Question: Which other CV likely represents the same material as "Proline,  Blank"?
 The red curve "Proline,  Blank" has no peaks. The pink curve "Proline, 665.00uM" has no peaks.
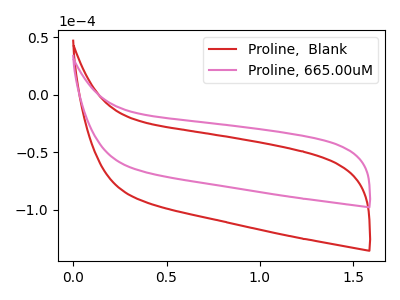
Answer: <think>Neither "Proline,  Blank" or "Proline, 665.00uM" have any peaks.
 </think>
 <answer>The CV with the most similar shape to "Proline, 665.00uM" is "Proline,  Blank".</answer>
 <eval>"Proline,  Blank"</eval>